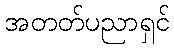
အတတ်ပညာရှင်